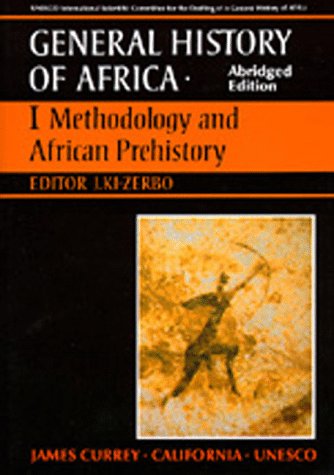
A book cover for UNESCO General History of Africa, Vol. I, Abridged Edition: Methodology and African Prehistory; History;